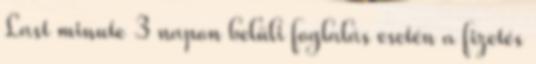
Last minute 3 napon belüli foglalás esetén a fizetés